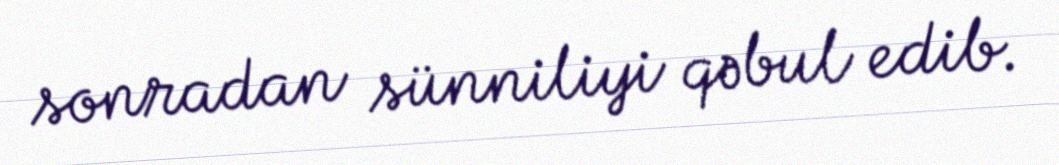
sonradan sünniliyi qəbul edib.